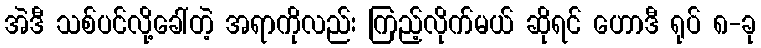
အဲဒီ သစ်ပင်လို့ခေါ်တဲ့ အရာကိုလည်း ကြည့်လိုက်မယ် ဆိုရင် ဟောဒီ ရုပ် ၈-ခု